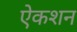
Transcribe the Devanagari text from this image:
ऐकशन